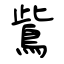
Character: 鴜